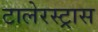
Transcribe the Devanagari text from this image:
टालेरस्ट्रास